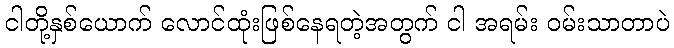
ငါတို့နှစ်ယောက် လောင်ထုံးဖြစ်နေရတဲ့အတွက် ငါ အရမ်း ဝမ်းသာတာပဲ